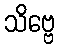
သိဗ္ဗေ